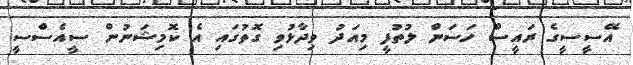
އޭސީސީގެ ރައީސް ހަސަން ލުތުފީ މިއަދު ވިދާޅުވި ގޮތުގައި އެ ކޮމިޝަނުން ސީއެސްސީ